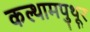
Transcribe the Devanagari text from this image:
कल्थामपुथूर